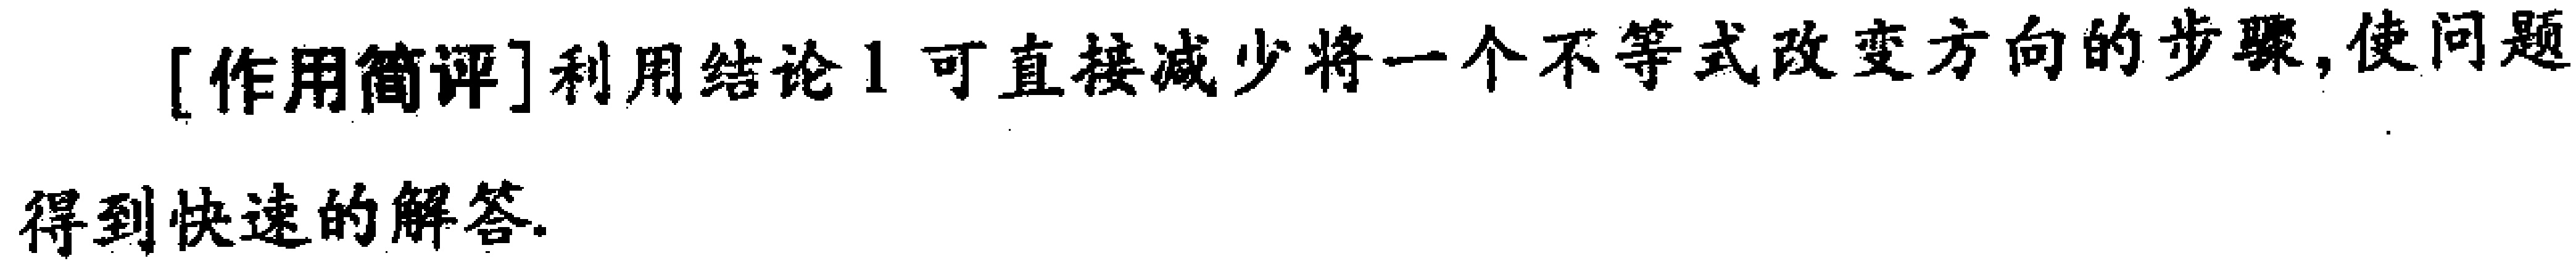
[作用简评]利用结论1可直接减少将一个不等式改变方向的步骤,使问题得到快速的解答.